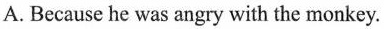
A. Because he was angry with the monkey.